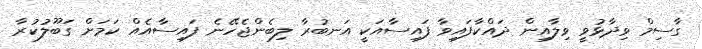
ގާސިމް ވިދާޅުވީ ވިލާއިން ދައްކާފައިވާ ފައިސާއަކީ އަނބުރާ ލިބެންޖެހޭނެ ފައިސާއެއް ކަމަށް ގަބޫލުކުރާ